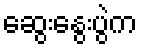
ဆွေးနွေးပွဲက